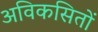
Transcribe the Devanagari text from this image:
अविकसितों